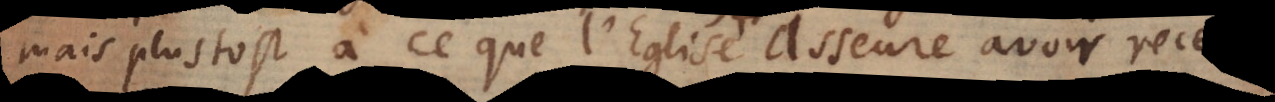
mais plustost à ce que l’Eglise avoir receu